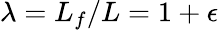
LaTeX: \lambda=L_{f}/L=1+\epsilon